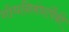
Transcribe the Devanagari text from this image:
शोधनिबंधांपैकी